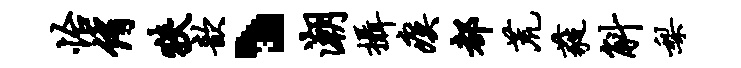
怡侑狭歆丶潮摄瘼都荒蕤斛梨